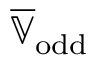
\overline { { \mathbb { V } } } _ { \mathrm { o d d } }